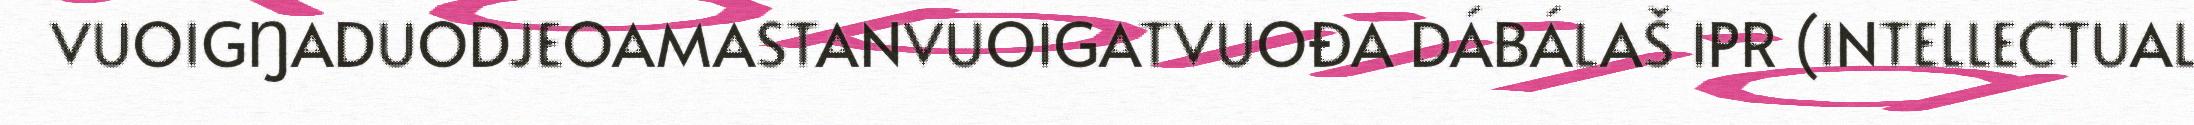
VUOIGŊADUODJEOAMASTANVUOIGATVUOĐA DÁBÁLAŠ IPR (INTELLECTUAL